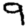
Digit: 9